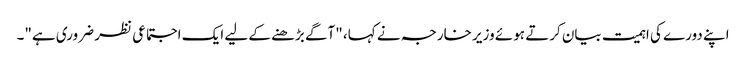
اپنے دورے کی اہمیت بیان کرتے ہوئے وزیر خارجہ نے کہا، "آگے بڑھنے کے لیے ایک اجتماعی نظر ضروری ہے"۔